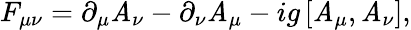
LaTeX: F_{\mu\nu}=\partial_{\mu}\mathit{A}_{\nu}-\partial_{\nu}\mathit{A}_{\mu}-ig\, [\mathit{A}_{\mu},\mathit{A}_{\nu}],